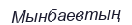
Мынбаевтың